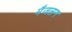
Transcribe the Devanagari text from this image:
मैजलन